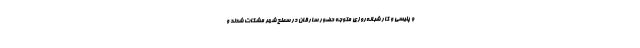
و پلیسی و کار شبانه‌روزی متوجه حضور سارقان در سطح شهر مشکات شدند و